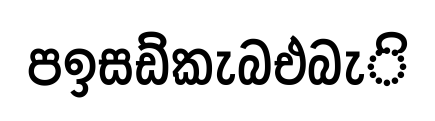
පඉසඩ්කැබඑබැි